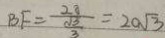
B F = \frac { 2 0 } { \frac { \sqrt { 3 } } { 3 } } = 2 0 \sqrt { 3 }